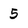
Character: 5